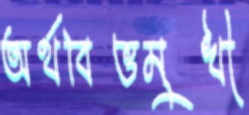
অর্থবিত্তমুখী